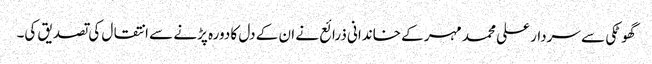
گھوٹکی سے سردار علی محمد مہر کے خاندانی ذرائع نے ان کے دل کا دورہ پڑنے سے انتقال کی تصدیق کی۔